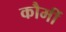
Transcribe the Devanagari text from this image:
कौमीं